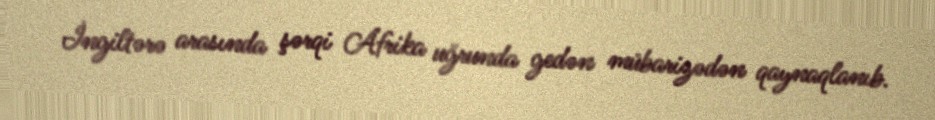
İngiltərə arasında şərqi Afrika uğrunda gedən mübarizədən qaynaqlanıb.